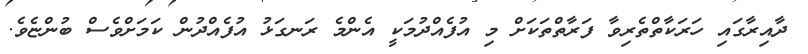
ދާއިރާގައި ހަރަކާތްތެރިވާ ފަރާތްތަކަށް މި އުފެއްދުމަކީ އެންމެ ރަނގަޅު އުފެއްދުން ކަމަށްވެސް ބުންޏެވެ.